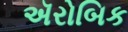
ઍરોબિક